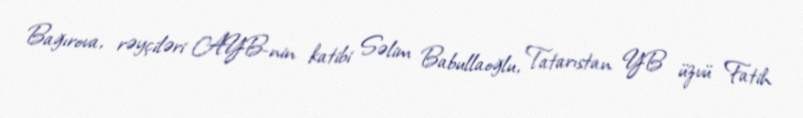
Bağırova, rəyçiləri AYB-nin katibi Səlim Babullaoğlu, Tatarıstan YB üzvü Fatih